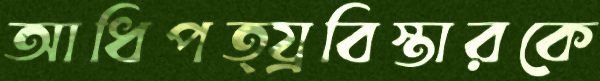
আধিপত্য্রবিস্তারকে